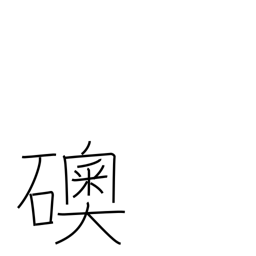
Meaning: jewel